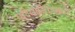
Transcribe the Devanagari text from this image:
परिचारिकांमध्ये